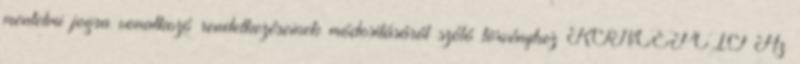
mentelmi jogra vonatkozó rendelkezéseinek módosításáról szóló törvényhez KONCEPCIÓ Az